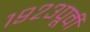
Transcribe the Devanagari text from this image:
१९२३पूर्वी